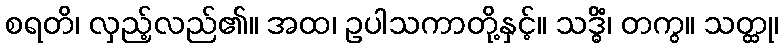
စရတိ၊ လှည့်လည်၏။ အထ၊ ဥပါသကာတို့နှင့်။ သဒ္ဓိံ၊ တကွ။ သတ္ထု၊